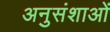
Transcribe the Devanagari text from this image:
अनुसंशाओं